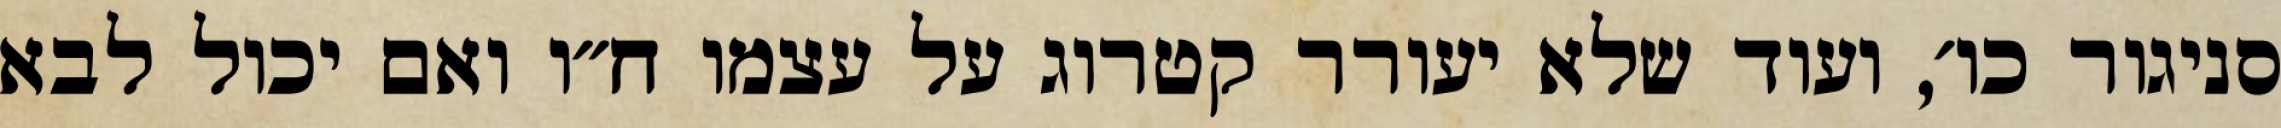
סניגור כו׳, ועוד שלא יעורר קטרוג על עצמו ח״ו ואם יכול לבא